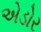
એડોર